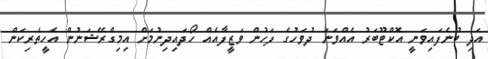
އަދި ބުނެފައިވަނީ އޮކްޓޫބަރު އެއްވަނަ ދުވަހުގެ ފަހުން ވަޒީފާއެއް ހޯދައިދިނުމަށް އިމިގްރޭޝަނުން އެހީތެރިކަން